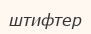
штифтер